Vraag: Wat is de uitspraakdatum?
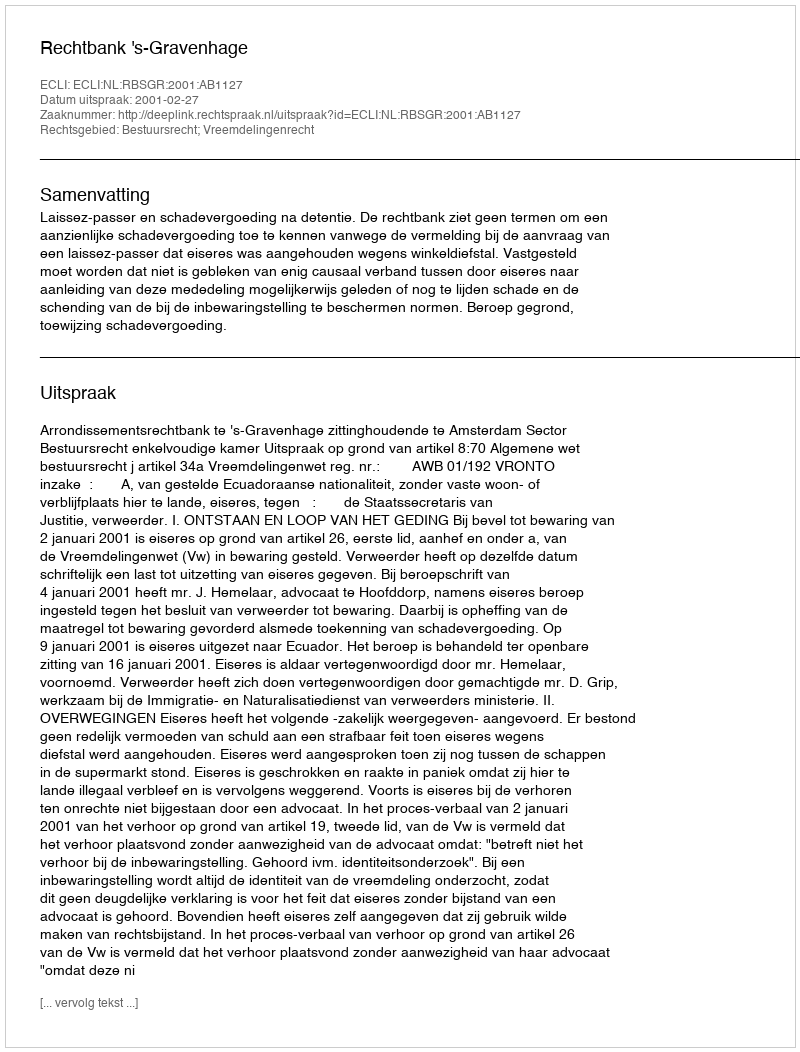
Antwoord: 2001-02-27